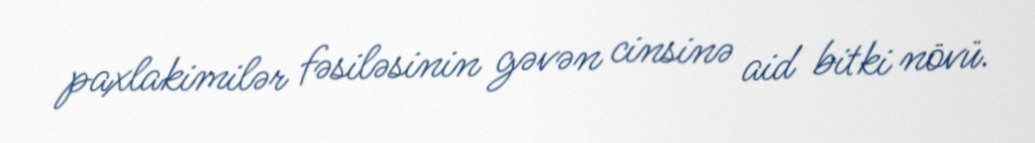
paxlakimilər fəsiləsinin gəvən cinsinə aid bitki növü.